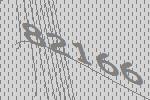
82166